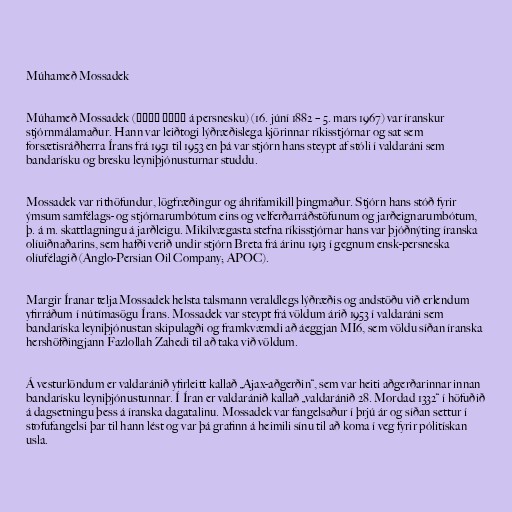
Múhameð Mossadek

Múhameð Mossadek (محمد مصدق á persnesku) (16. júní 1882 – 5. mars 1967) var íranskur
stjórnmálamaður. Hann var leiðtogi lýðræðislega kjörinnar ríkisstjórnar og sat sem
forsætisráðherra Írans frá 1951 til 1953 en þá var stjórn hans steypt af stóli í valdaráni sem
bandarísku og bresku leyniþjónusturnar studdu.

Mossadek var rithöfundur, lögfræðingur og áhrifamikill þingmaður. Stjórn hans stóð fyrir
ýmsum samfélags- og stjórnarumbótum eins og velferðarráðstöfunum og jarðeignarumbótum,
þ. á m. skattlagningu á jarðleigu. Mikilvægasta stefna ríkisstjórnar hans var þjóðnýting íranska
olíuiðnaðarins, sem hafði verið undir stjórn Breta frá árinu 1913 í gegnum ensk-persneska
olíufélagið (Anglo-Persian Oil Company; APOC).

Margir Íranar telja Mossadek helsta talsmann veraldlegs lýðræðis og andstöðu við erlendum
yfirráðum í nútímasögu Írans. Mossadek var steypt frá völdum árið 1953 í valdaráni sem
bandaríska leyniþjónustan skipulagði og framkvæmdi að áeggjan MI6, sem völdu síðan íranska
hershöfðingjann Fazlollah Zahedi til að taka við völdum.

Á vesturlöndum er valdaránið yfirleitt kallað „Ajax-aðgerðin“, sem var heiti aðgerðarinnar innan
bandarísku leyniþjónustunnar. Í Íran er valdaránið kallað „valdaránið 28. Mordad 1332“ í höfuðið
á dagsetningu þess á íranska dagatalinu. Mossadek var fangelsaður í þrjú ár og síðan settur í
stofufangelsi þar til hann lést og var þá grafinn á heimili sínu til að koma í veg fyrir pólitískan
usla.